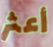
أعثر